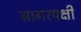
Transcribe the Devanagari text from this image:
सागरपक्षी